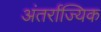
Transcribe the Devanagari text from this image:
अंतर्राज्यिक